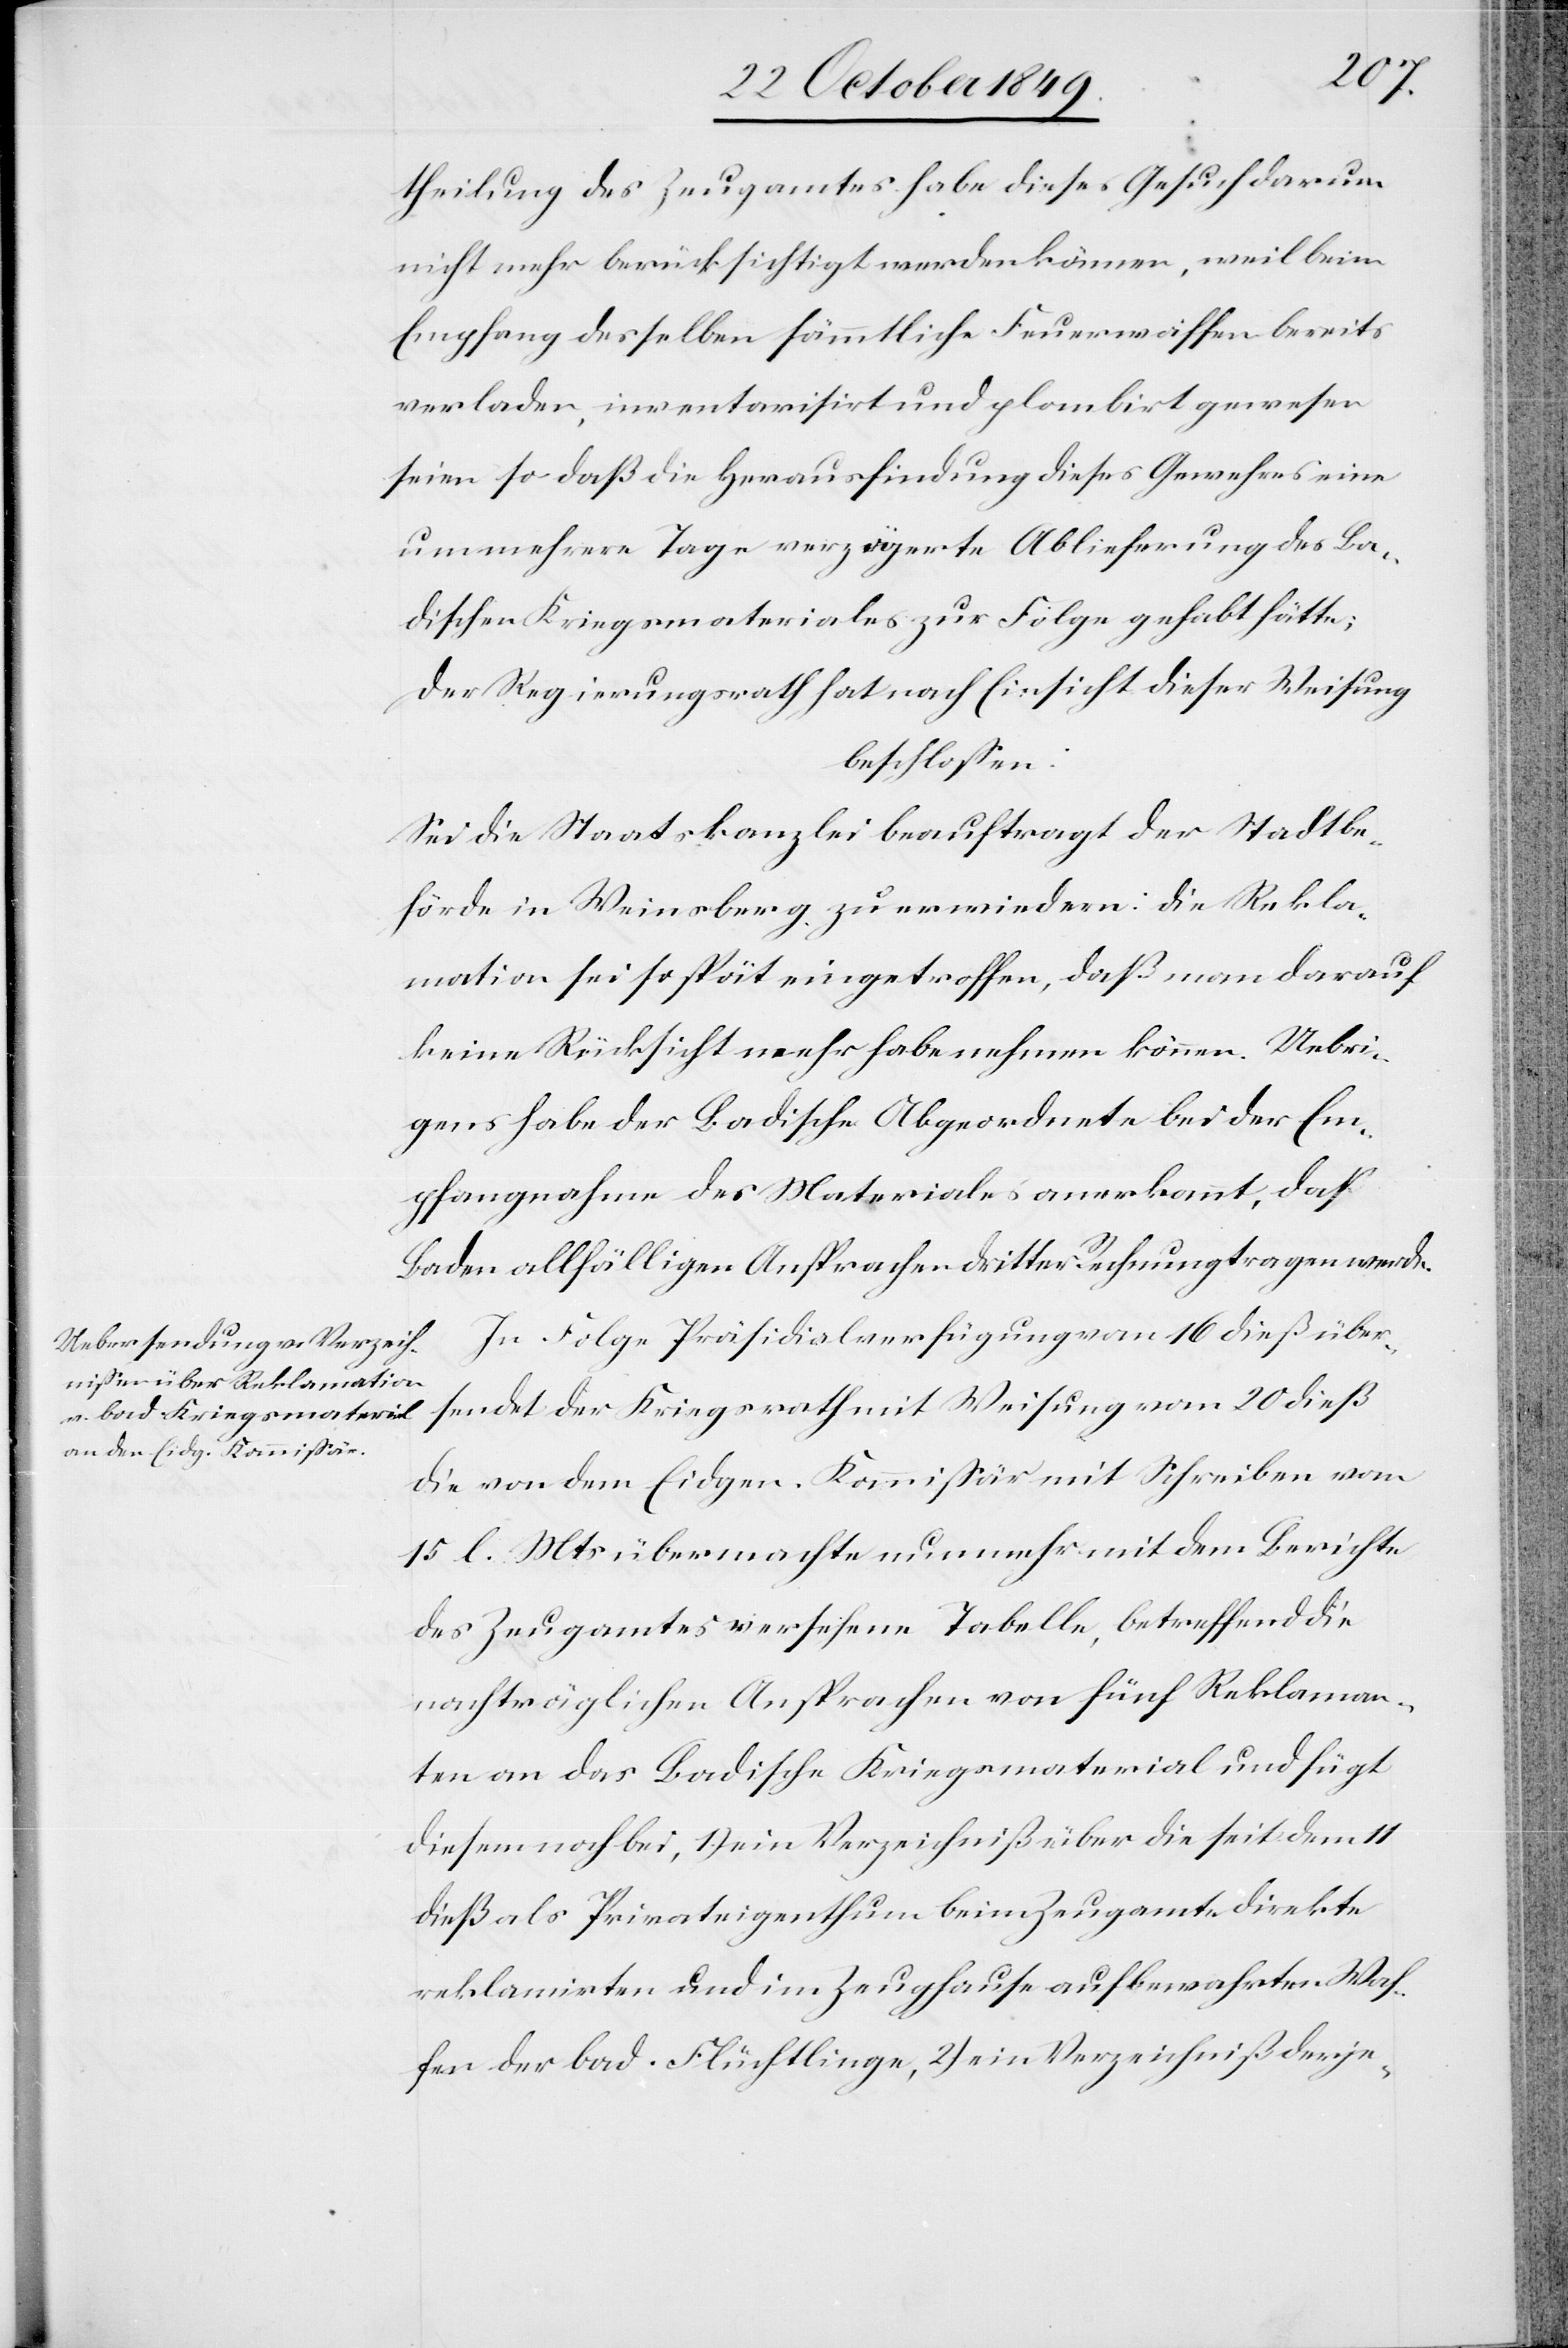
theilung des Zeugamtes habe dieses Gesuch darum
nicht mehr berücksichtigt werden können, weil beim
Empfang desselben sämmtliche Feuerwaffen bereits
verladen, inventarisirt und plombirt gewesen
seien so daß die Herausfindung dieses Gewehres eine
um mehrere Tage verzögerte Ablieferung des Ba¬
dischen Kriegsmateriales zur Folge gehabt hätte;
Der Regierungsrath hat nach Einsicht dieser Weisung
beschloßen:
Sei die Staatskanzlei beauftragt der Stadtbe¬
hörde in Weinsberg zu erwiedern: die Rekla¬
mation sei so spät eingetroffen, daß man darauf
keine Rücksicht mehr habe nehmen können. Uebri¬
gens habe der Badische Abgeordnete bei der Em¬
pfangsnahme des Materiales anerkannt, daß
Baden allfälligen Ansprachen dritter Rechnung tragen werde.
In Folge Präsidialverfügungen vom 16 dieß über¬
sendet der Kriegsrath mit Weisung vom 20 dieß
die von dem Eidgen. Kommißär mit Schreiben vom
15 l. Mts. übermachte nunmehr mit dem Berichte
des Zeugamtes versehene Tabelle, betreffend die
nachträglichen Ansprachen von fünf Reklaman¬
ten an das Badische Kriegsmaterial und fügt
diesem noch bei, 1) ein Verzeichniß über die seit dem 11
dieß als Privateigenthum beim Zeugamte direkte
reklamirte und im Zeughause aufbewahrten Waf¬
fen der bad. Flüchtlinge, 2) ein Verzeichniß derje-